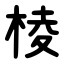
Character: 棱